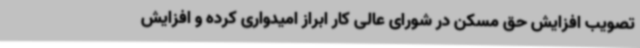
تصویب افزایش حق مسکن در شورای عالی کار ابراز امیدواری کرده و افزایش